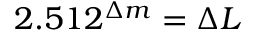
2 . 5 1 2 ^ { \Delta { m } } = \Delta { L }